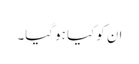
ان کو کیا ہو گیا۔